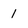
Character: 1